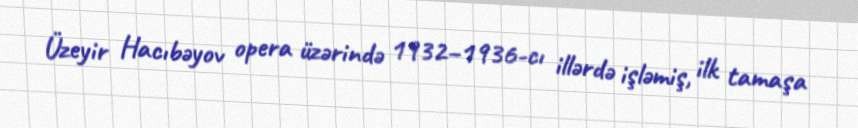
Üzeyir Hacıbəyov opera üzərində 1932–1936-cı illərdə işləmiş, ilk tamaşa